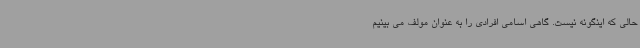
حالی که اینگونه نیست. گاهی اسامی افرادی را به عنوان مولف می بینیم